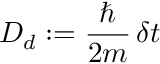
D _ { d } : = \frac { \hbar } { 2 m } \, \delta t